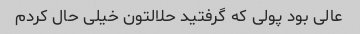
عالی بود پولی که گرفتید حلالتون خیلی حال کردم